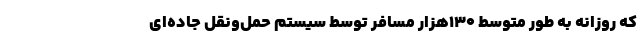
که روزانه به‌ طور متوسط ۱۳۰هزار مسافر توسط سیستم حمل‌ونقل جاده‌ای